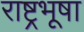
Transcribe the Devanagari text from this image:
राष्ट्रभूषा